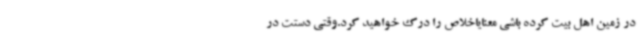
در زمین اهل بیت کرده باشی معنایاخلاص را درک خواهید کرد.وقتی دستت در